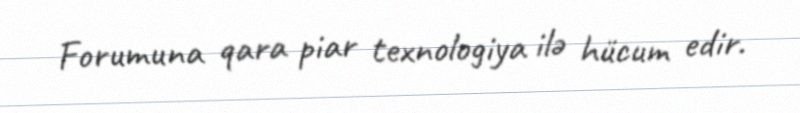
Forumuna qara piar texnologiya ilə hücum edir.